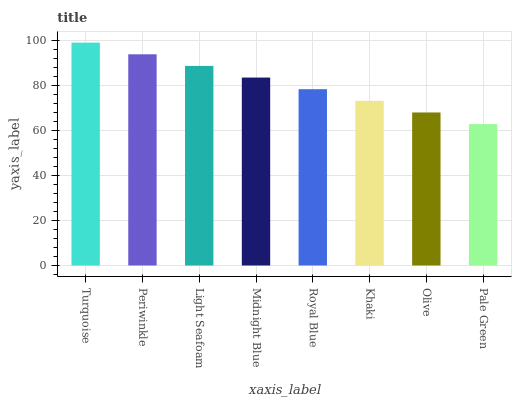
| xaxis_label | bars |
 | --- | --- |
 | Turquoise | 99 |
 | Periwinkle | 93.8 |
 | Light Seafoam | 88.7 |
 | Midnight Blue | 83.5 |
 | Royal Blue | 78.3 |
 | Khaki | 73.1 |
 | Olive | 68 |
 | Pale Green | 62.8 |